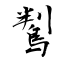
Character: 鵥